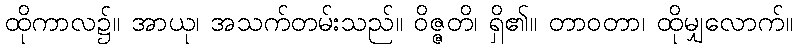
ထိုကာလ၌။ အာယု၊ အသက်တမ်းသည်။ ဝိဇ္ဇတိ၊ ရှိ၏။ တာဝတာ၊ ထိုမျှလောက်။